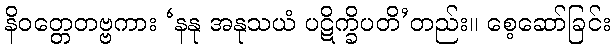
နိဝတ္တေတဗ္ဗကား ‘နနု အနုသယံ ပဋိက္ခိပတိ’တည်း။ စေ့ဆော်ခြင်း